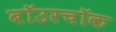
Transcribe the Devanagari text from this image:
बॉउरचॉक